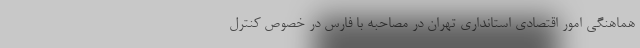
هماهنگی امور اقتصادی استانداری تهران در مصاحبه با فارس در خصوص کنترل